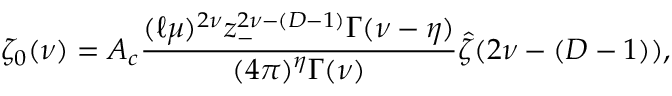
\zeta _ { 0 } ( \nu ) = { \cal A } _ { c } { \frac { ( \ell \mu ) ^ { 2 \nu } z _ { - } ^ { 2 \nu - ( D - 1 ) } \Gamma ( \nu - \eta ) } { ( 4 \pi ) ^ { \eta } \Gamma ( \nu ) } } \hat { \zeta } ( 2 \nu - ( D - 1 ) ) ,